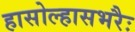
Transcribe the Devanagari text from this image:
हासोल्हासभरैः